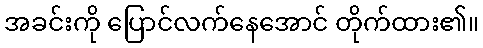
အခင်းကို ပြောင်လက်နေအောင် တိုက်ထား၏။